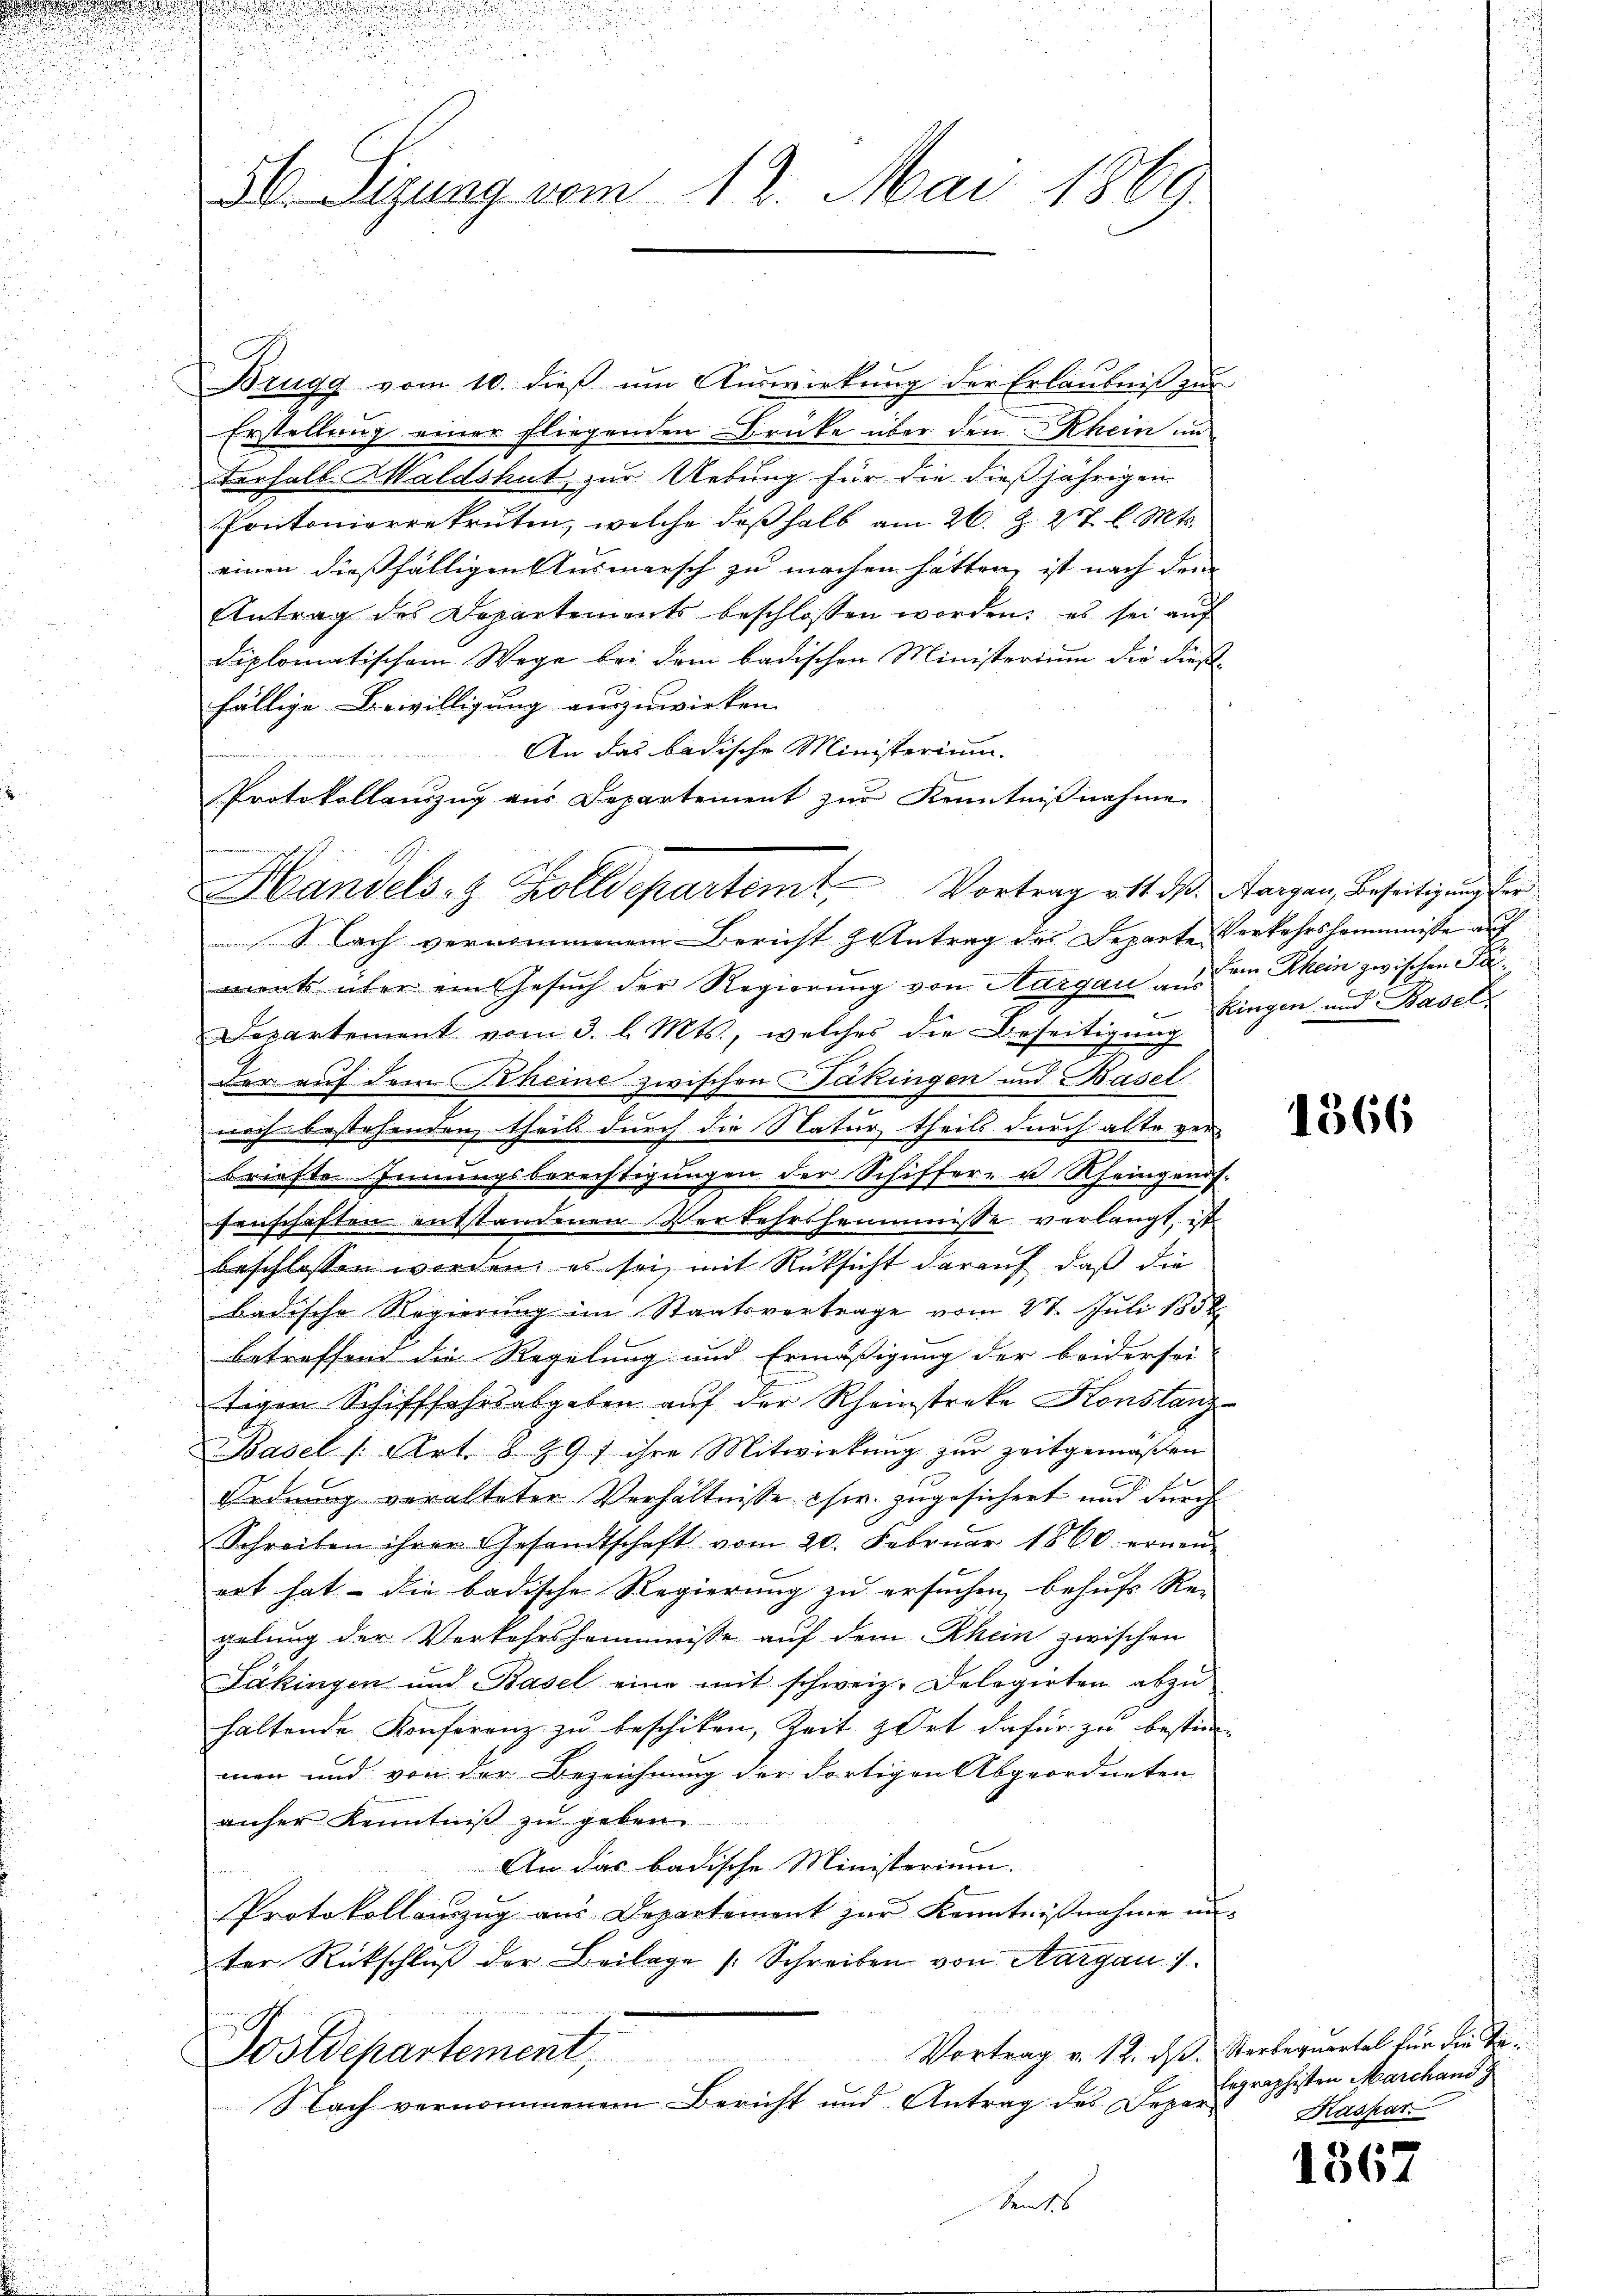
56. Sizung vom 12. Mai 1869.

Brugg vom 10. dieß um Auswirkung der Erlaubniß zur
Erstellung einer Fliegenden Brücke über den Rhein und
terhalb Waldshut zur Uebung für die dießjährigen
Pontonierekruten, welche deßhalb am 26. Z. 217 l. Mts.
einen dießfälligen Ausmarsch zu machen hätten, ist nach dem
Antrag des Departements beschlossen worden; es sei auf
Diplomatischem Wege bei dem badischen Ministerium die dießfällige Bewilligung auszuwirken.
An das badische Ministerium.
Protokollauszug aus Departement zur Kenntnißnahme.
Nach vernommenem Bericht Antrag des Departe Verkehrshemmnisse auf
ment über ein Gesŭch der Regierŭng von Aargau u. am Rhein zwischen Pa¬
Departement vom 3. l. Mts., welches die Beseitigung
der auf dem Rheine zwischen Jäkingen und Basel
noch bestehenden, theils durch die Natur theils durch alte verbriefte einungsberechtigŭngen der Schiffer- u. Rheingenos-
fenschaften entstandenen Verkehrsheimnisse verlangt ist
beschlossen worden; es sei, mit Rüksicht darauf, daß die
badische Regierung im Staatsvertrage vom 27. Juli 1858
betreffend die Regelung und Ermäßigung der beidersei
tigen Schifffahrsabgaben auf der Rheinstreke Konstanz-
Basel /: Art. 8 89 f ihre Mitwirkung zur Zeitgemäßen
Ordnung veralteter Verhältnisse csw. zugesichert und durch
Schreiben ihrer Gesandtschaft vom 20. Febrŭar 1860 ernen-
ret hat – die badische Regierung zu ersuchen, behufs Re-
gelung der Vorkehrshemmnisse auf dem Rhein zwischen
Jäkingen und Basel eine mit schweiz. Delegirten abzu
haltende Konferenz zŭ beschiken, Zeit zart dafür zŭ bestim-
men und von der Bezeichnung der dortigen Abgeordneten
anher Kenntniß zu geben.
An das badische Ministerium.
Protokollauszug aus Departement zur Kenntnißnahme unter Rückschlŭβ der Beilage /: Schreiben von Aargau 1
Vortrag v. 12. ds. Sterbequertel für die Ta¬
Postdepartement,
Nach vernommenem Bericht und Antrag des Depar
Semtes

t

Handels- & Zolldepartemt, Vortrag oft daß Sargau, Beseitigung der

Kingen und Basel

1366

Eegraphisten Marchans
Kaspar

1367